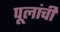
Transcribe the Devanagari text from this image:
पूलांची